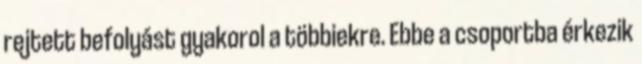
rejtett befolyást gyakorol a többiekre. Ebbe a csoportba érkezik